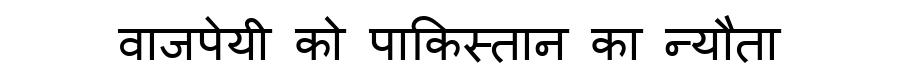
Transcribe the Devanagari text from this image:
वाजपेयी को पाकिस्तान का न्यौता